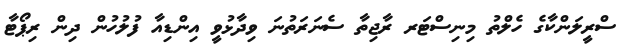
ސްރީލަންކާގެ ހެލްތު މިނިސްޓަރ ރާޖިތާ ސެނަރަތުނަ ވިދާޅުވީ އިންޑިއާ ފުލުހުން ދިން ރިޕޯޓާ